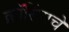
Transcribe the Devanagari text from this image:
क्रॉसिंगचे